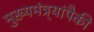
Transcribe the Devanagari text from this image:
मुख्यमंत्र्यांपैकी